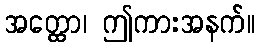
အတ္ထော၊ ဤကားအနက်။